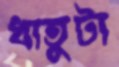
ধাতুটা